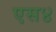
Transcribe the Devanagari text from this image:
एस४